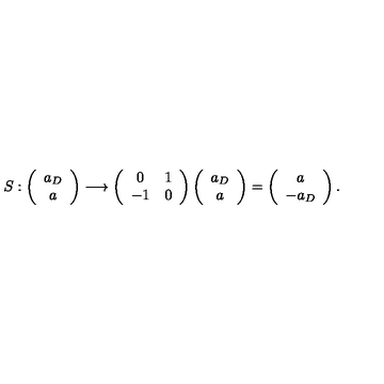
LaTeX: S : \left( \begin{array} { c } { a _ { D } } \\ { a } \\ \end{array} \right) \longrightarrow \left( \begin{array} { c c } { 0 } & { 1 } \\ { - 1 } & { 0 } \\ \end{array} \right) \left( \begin{array} { c } { a _ { D } } \\ { a } \\ \end{array} \right) = \left( \begin{array} { c } { a } \\ { - a _ { D } } \\ \end{array} \right) .